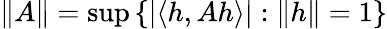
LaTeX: \left\| A\right\| =\operatorname*{sup}\left\{ |\langle h,Ah\rangle|:\| h\| =1\right\}